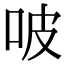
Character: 𠱀